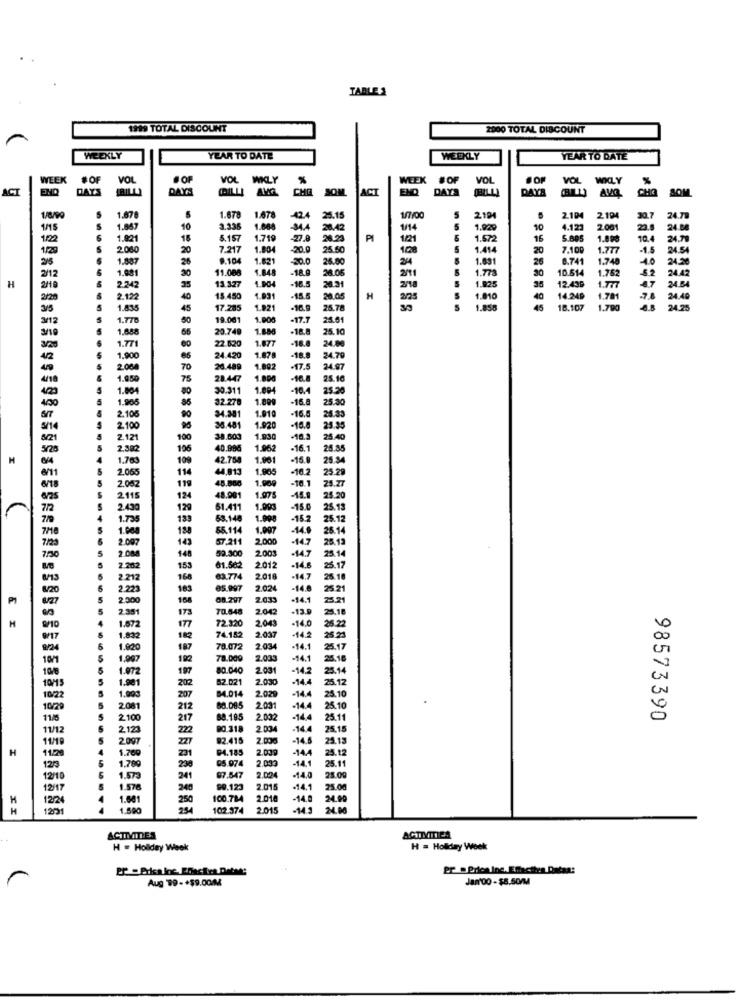
TABLE 2
1999 TOTAL DISCOUNT
2000 TOTAL DISCOUNT
WEEKLY
YEAR TO DATE
WEEKLY
YEAR TO DATE
WEEK #OF
VOL
#OF
VOL WKLY %
WEEK #OF
#OF
VOL
VOL WKLY
%
ACT
END
DAYS
RILLI
DAY'S
COLLI AVG CHE SOM
ACI
ENQ
DAYS
(BELLI
DAYA
(BILL)
AVQ
CHO
SOM
1.67
24 7
1.678
1.678
-424
25.15
1/7/00
5
219
2.104
2104
30.7
1/15
1.857
3.336
1.000
28.42
1/14
1.929
10
4.123
2.001
23.8
1/22
1.921
18
5.157
1.719
PI
1/21
1.572
16
5.605
1.098
10.4
1/20
5
2060
20
7.217
1.804
-20.0
25.50
108
1.414
20
7.100
1.777
-1.5
25
9.104
1.831
30.0
26.80
24
1.891
26
8.741
1.748
-10
2/12
1.001
11.008
1.848
-18.9
38.05
2/11
1.773
30
10.514
1.762
52
13.327
1.904
-18.5
1.025
12.439
1.777
24.42
H
2/18
2.242
2/18
-4.7
24.84
2/20
2.122
15.450
1.931
-15.5
28.05
H
2/25
1.010
40
14.249
1.781
-7.8
24.40
3/5
1.83
45
17.285
1.921
25.78
1.858
45
18.107
1.790
24.25
3/12
1.77
50
19.001
1.000
-17.7
25.01
1.68
20.749
1.888
-18.8
25.10
1.771
22.520
1.877
-18.
24.88
1.678
1.900
24.420
-18.
24.70
2.000
70
26.489
1.892
-17.5
24.97
1.050
75
28.447
1.800
-16.8
25.10
1.804
30.311
1.004
-16.
25.20
1.905
32.278
1.800
-16.5
25.30
4/00
34.381
1.910
-16.5
2,108
3/14
2.100
35.481
1.92
-16.6
25.35
3/21
2.121
38.003
1.930
25.40
2.302
40.896
1.962
-16.1
28.85
1.763
109
42.754
1.901
-15.9
25.34
2.065
114
44,813
1.995
25.29
2.002
119
48.800
1.909
-16.1
25.27
48.901
2115
124
1.975
-15.9
5.20
2.430
120
51.411
1.000
-15.0
5.13
183
53.148
1.998
-15.2
S.12
180
55.114
1.097
-140
25.14
143
57.211
2.000
-14.7
25.13
59.300
2003
-14.7
25.14
7.50
148
2.202
155
61.562
2.01
-14.6
166
63.774
2.01
-14.7
26.16
2.223
183
05.997
2.02
-14.8
25 21
2.500
168
08.297
2.03
-14.1
25.71
173
70.548
2.04
-13.9
25.18
H
1.672
72.320
2.04
-14.0
E I
17
-14.2
25.23
6.22
1.832
74.182
2.04
1.920
187
78.072
2.034
-14.1
10/1
1,997
192
78.009
2.033
-14.1
10/5
1.972
197
80.040
2.031
-14.2
25.14
1.981
62.021
2.030
-14.4
25.12
1.993
202
84.014
10/22
207
2.029
-14.4
25.10
10/29
2081
212
88.085
2.00
-14.
25.10
11/5
2.100
217
88.185
2.03
-14.4
25.11
98573390
11/12
2 123
222
DO.318
2.00
-14.4
25.15
11/19
2.007
227
82.415
2.00
-14.5
25.13
H
11.20
1.760
94.185
2.039
-14.4
05.974
2.03
-14.1
25.12
25.11
1275
1.700
230
12/10
1.575
241
97.547
2.024
-14.0
25.09
12/17
1.576
240
99.123
2.015
-14.1
25.00
H
1224
1.681
250
100.784
2.01
-14.8 24.00
H
1221
1.500
102.374
2.015
-14.3
24.00
ACTIVITIES
. .
ACTIVITIES
H = Holiday Week
H = Holiday Week
er . Brica inc. Effacthen Dataa:
Aug 99-+59.00M
Jan'00 - $8.50/M